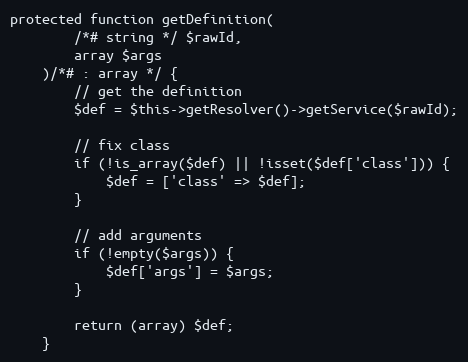
Language: PHP
protected function getDefinition(
        /*# string */ $rawId,
        array $args
    )/*# : array */ {
        // get the definition
        $def = $this->getResolver()->getService($rawId);

        // fix class
        if (!is_array($def) || !isset($def['class'])) {
            $def = ['class' => $def];
        }

        // add arguments
        if (!empty($args)) {
            $def['args'] = $args;
        }

        return (array) $def;
    }